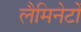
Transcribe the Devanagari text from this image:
लैमिनेटों